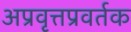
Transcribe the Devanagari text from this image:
अप्रवृत्तप्रवर्तक